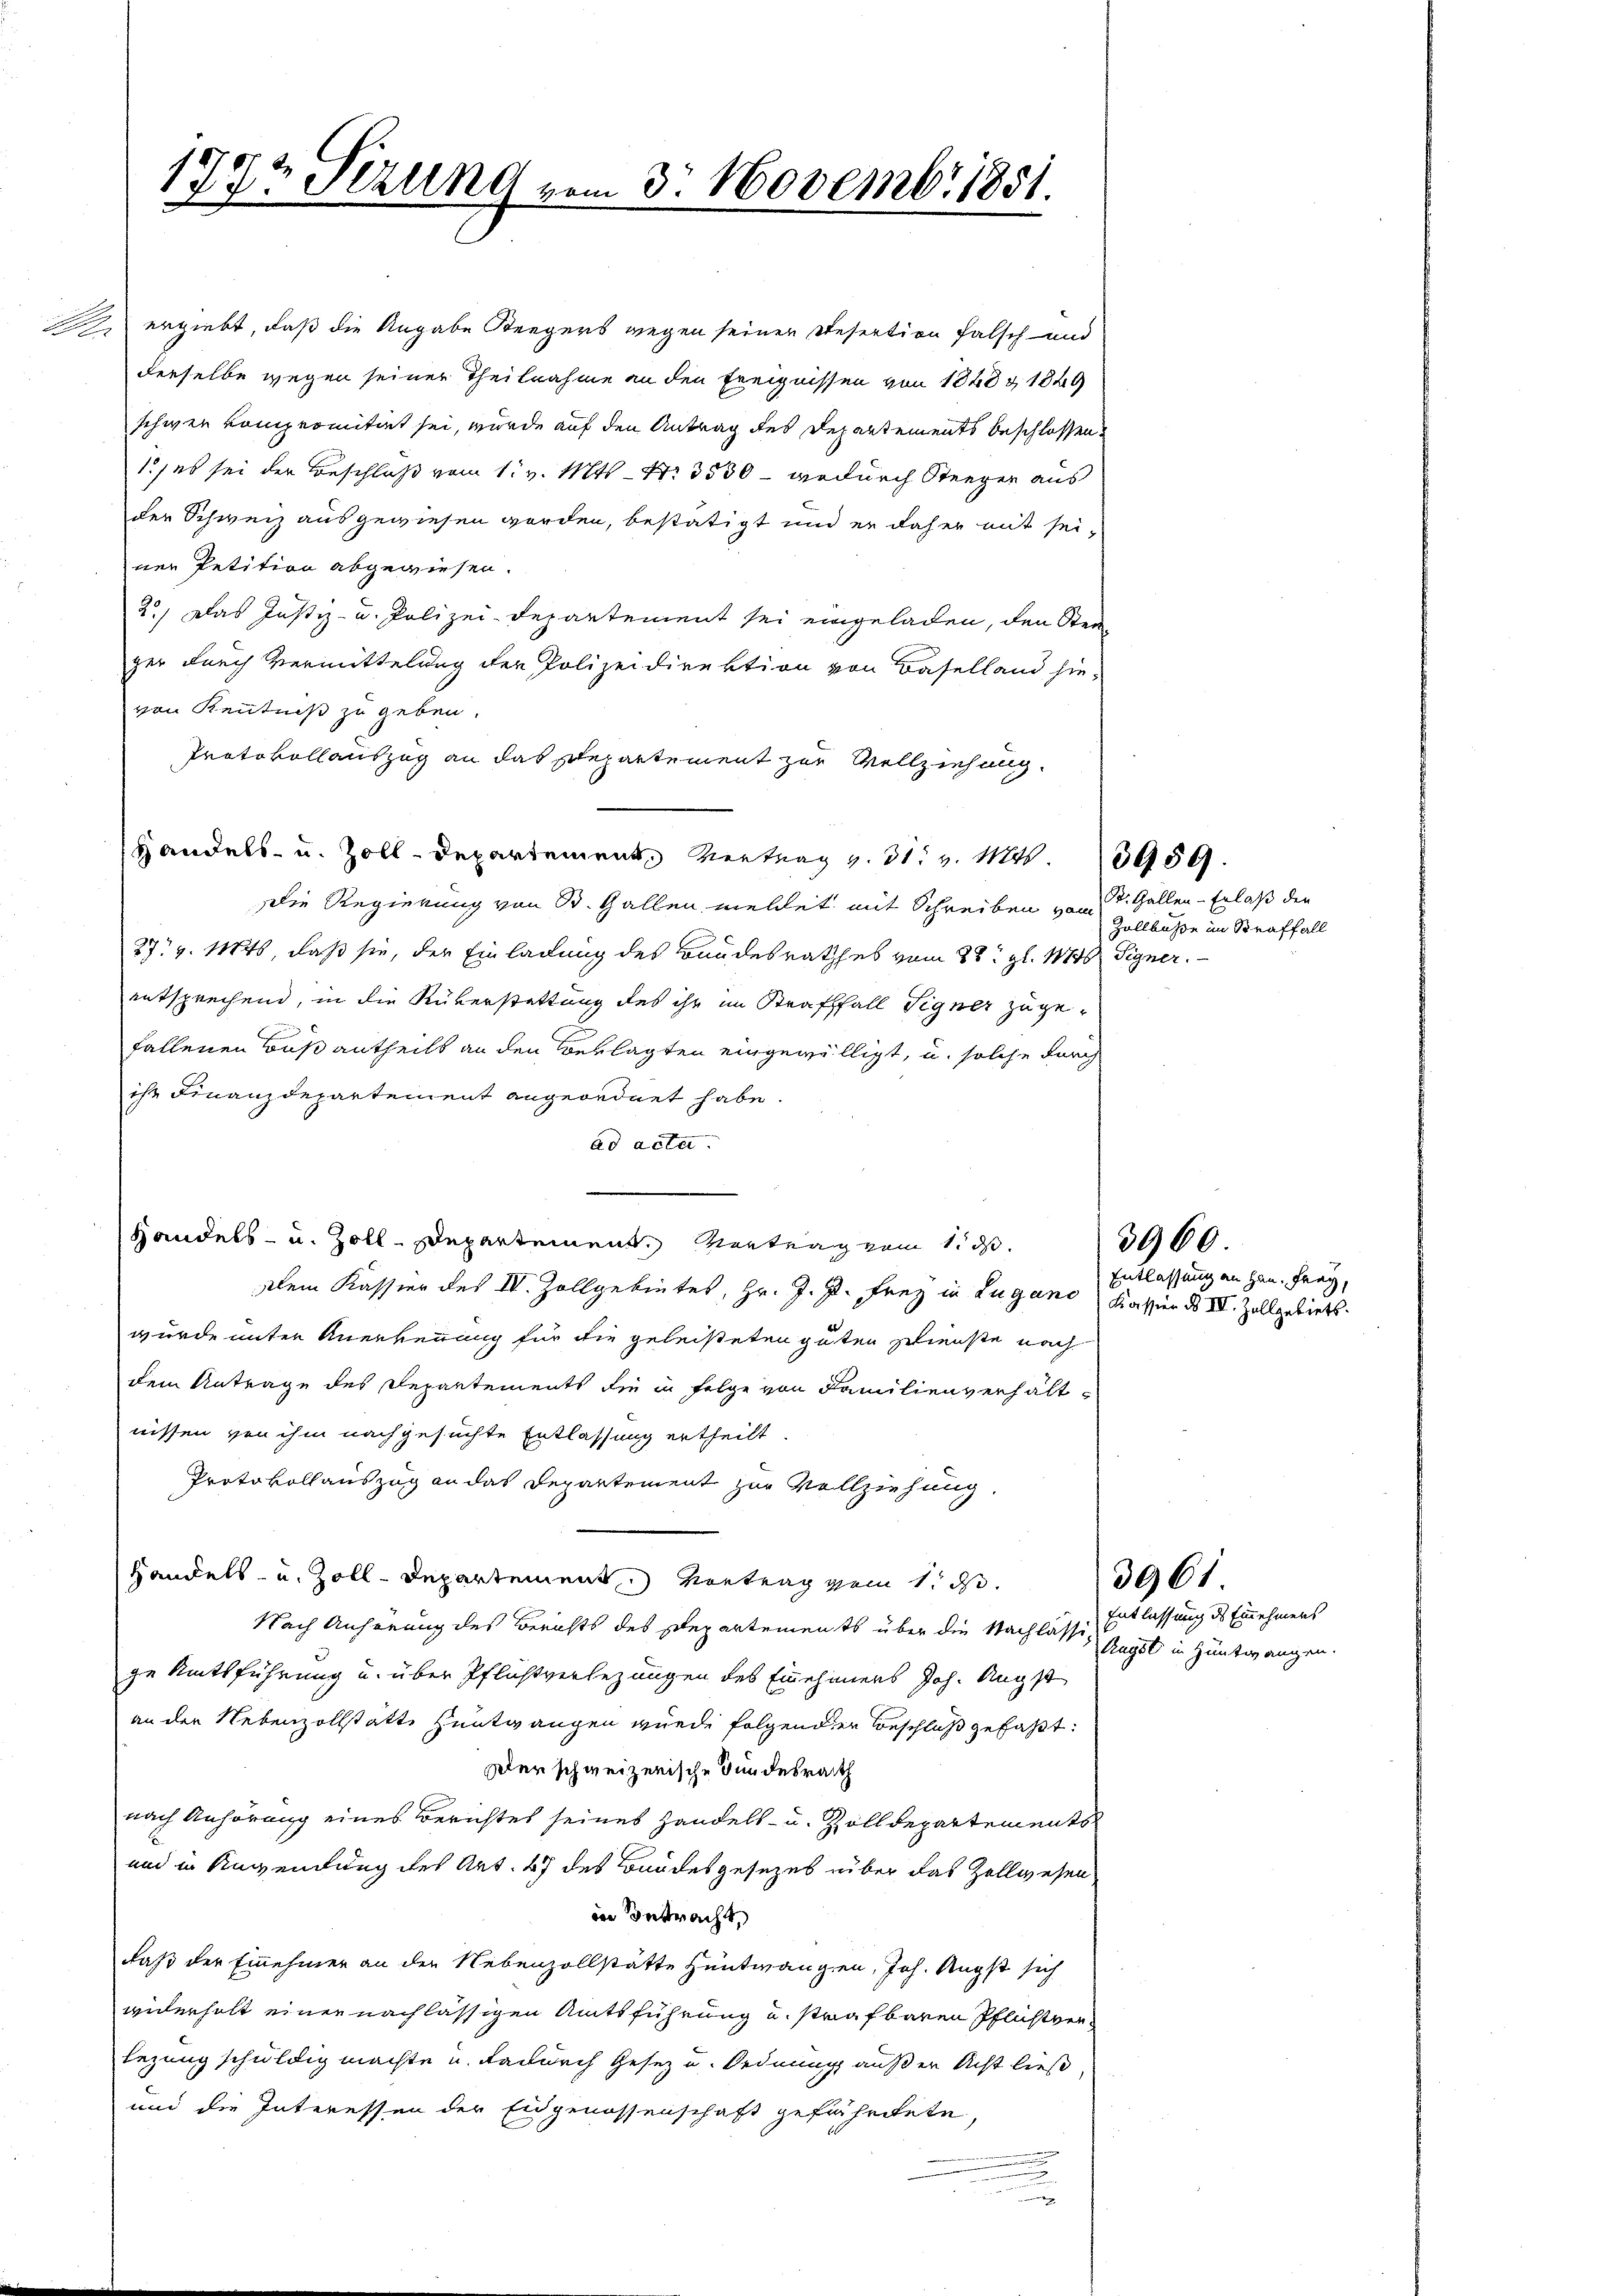
2 ergiebt, daß die Angabe Seegers wegen seiner Resertion falsch und
derselbe wegen seiner Theilnahme an den Ereignissen von 1840 & 1849
schwer kompromitirt sei, wurde auf den Antrag des Departements beschlossen.
1) es sei der Beschluß vom 1. v. Mts. - No 3530 - wodurch Steeger aus
der Schweiz ausgewiesen worden, bestätigt und er daher mit sei-
ner Petition abgewiesen.
2.) Das Justiz- u. Polizei-Departement sei eingeladen, den Steiger durch Vermittelung der Polizeidirektion von Baselland hievon Kenntniß zu geben.
Protokollauszug an das Departement zur Vollziehung.
Handels- u. Zoll-Departement Vertrag v. 31. v. Mts. 3959.
Die Regierung von St. Gallen meldet mit Schreiben von d. Gallen-Erlaß den
27. v. 1846, daß sie, der Einladung des Bundesrathes vom 28. gl. M. Signer.
entsprechend, in die Rükerstattung des ihr im Strafffall Signer zugefallenen Bußantheils an den Beklagten eingewilligt, u. solche durch
ihr Finanzdepartement angeordnet habe
ad acta.
.
Handels- u. Zoll-Departement. Vertrag zum 1. ds.
Dem Kassier des IV. Zollgebietes, Hr. J. J. Frey in Lugano Kassier ds IV. Zollgebiets.
wurde unter Anerkennung für die geleisteten guten Wienste nach
dem Antrage des Departements die in Folge von Familienverhältnissen von ihm nachgesuchte Entlassung ertheilt.
Protokollauszug an das Departement zur Vollziehung.
Handels- u. Zoll-Departement. Vortrag vom 1. ds.
Nach Anhörung des Berichts des separtements über die Nachlässig sagst in Hüntwangen.
ge Amtsführung u. über Pflichtversezungen des Einehmens Joh. Angst
an der Nebenzollstatte Hüntwangen wurde folgenden Beschluß gefaßt:
Der schweizerische Bundesrath
nach Anhörung eines Berichtes seines Handels- u. Zolldepartements
und in Anwendung des Art. 47 des Bundesgesezes über das Zollwesen
in Betracht,
daß der Einehmer an den Nebenzollstätte Hüntwangen, Joh. Angst sich
widerholt einer nachlässigen Amtsführung u. strafbaren Pflichtver¬
Lezung schuldig machte u. dadurch Gesez u. Ordnung außer Acht ließ
und die Interessen der Eidgenossenschaft gefährtete
u

1772 Sizung vom 3. Novembr 1851.

Zollbusse im Straffall

Entlassung an Hrn. Frey,

3960.

Entlassung des Einehmens

3961